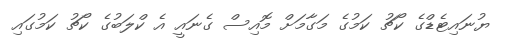
ޔުނައިޓެޑްގެ ކޯޗު ކަމުގެ މަގާމަށް މޮއިސް ގެނައީ އެ ކްލަބުގެ ކޯޗު ކަމުގައި